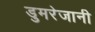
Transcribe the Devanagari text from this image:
डुमरेजानी